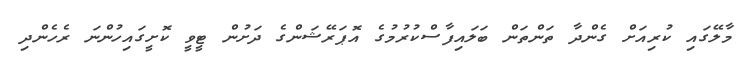
މާލޭގައި ކުރިއަށް ގެންދާ ތަންތަން ބަލައިފާސްކުރުމުގެ އޮޕަރޭޝަންގެ ދަށުން ޓީވީ ކޮށީގައިހުންނަ ރެހެންދި